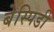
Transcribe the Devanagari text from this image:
बेस्पिडी